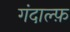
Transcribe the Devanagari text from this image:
गंदाल्फ़